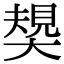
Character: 𡙭